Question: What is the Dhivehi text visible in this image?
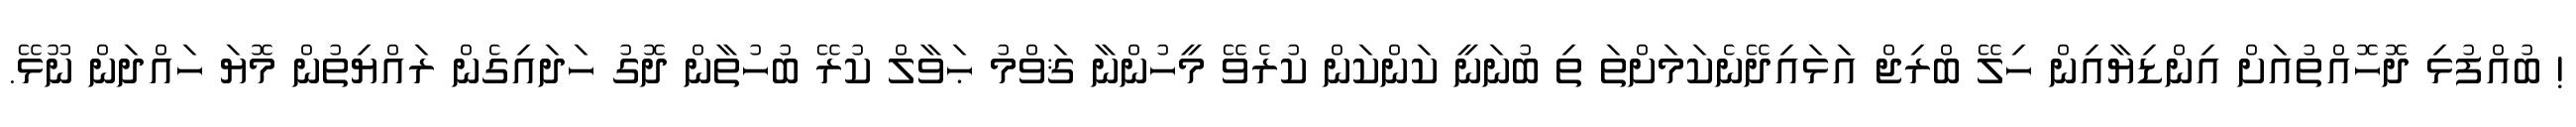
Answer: ! ބުއްފުޅި ދޮހޮއްތުއަށް އިންޑިޔާއިން ހިލޭ ބްރިޖް އަޅައިދޭނެކަމަށްތަ ތި ބުނަނީ ކަންކަން ކުރެވޭ މީހުންނާ ޤަވްމު ޙަވާލް ކުރޭ ބުހުތާން ދޮގު ހަދައިގެން ރައްޔިތުން މޮޔަ ހައްދަން ނޫޅޭ.